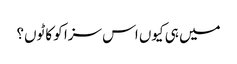
میں ہی کیوں اس سزا کو کاٹوں؟